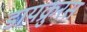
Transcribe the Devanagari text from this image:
डायक्रुरस